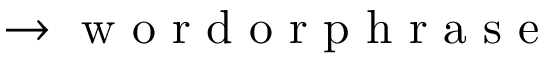
\rightarrow \mathrm { ~ w ~ o ~ r ~ d ~ o ~ r ~ p ~ h ~ r ~ a ~ s ~ e ~ }